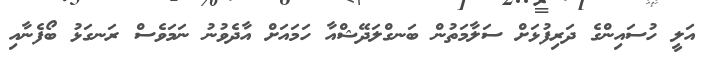
އަލީ ހުސައިންގެ ދަރިފުޅަށް ސަލާމަތުން ބަނގްލަދޭޝްއާ ހަމައަށް އާދެވުނު ނަމަވެސް ރަނގަޅު ބޯފެނާއި